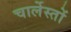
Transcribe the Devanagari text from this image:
चार्लेस्तों